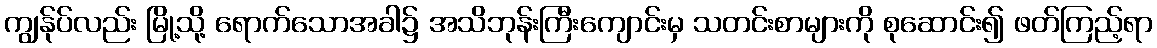
ကျွန်ုပ်လည်း မြို့သို့ ရောက်သောအခါ၌ အသိဘုန်းကြီးကျောင်းမှ သတင်းစာများကို စုဆောင်း၍ ဖတ်ကြည့်ရာ